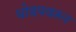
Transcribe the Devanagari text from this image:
धोडपवरुन